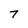
Character: 7